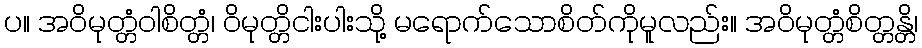
ပ။ အဝိမုတ္တံဝါစိတ္တံ၊ ဝိမုတ္တိငါးပါးသို့ မရောက်သောစိတ်ကိုမူလည်း။ အဝိမုတ္တံစိတ္တန္တိ၊